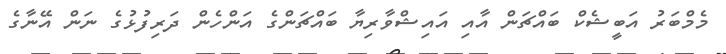
މެމްބަރު އަބީޝެކް ބައްޗަން އާއި އައިޝްވާރިޔާ ބައްޗަންގެ އަންހެން ދަރިފުޅުގެ ނަން އޭނާގެ